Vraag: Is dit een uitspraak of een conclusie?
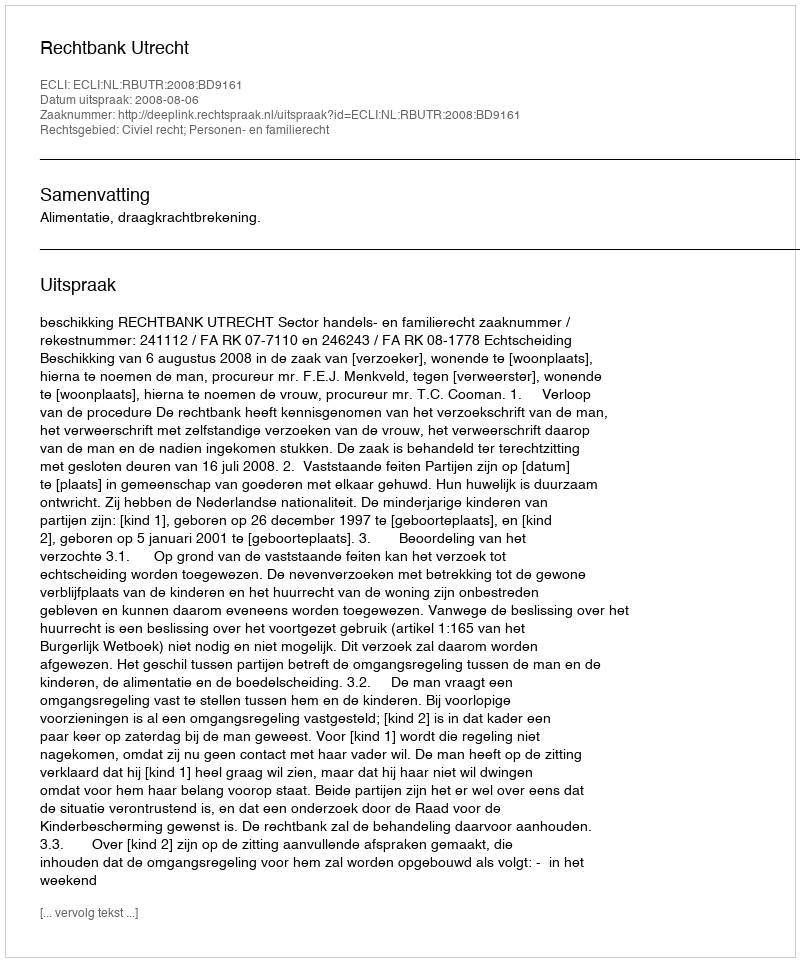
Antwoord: Uitspraak